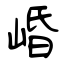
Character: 崏